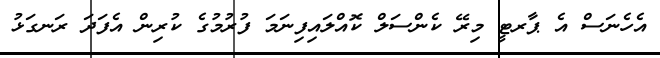
އެހެނަސް އެ ޕާރޓީ މިރޭ ކެންސަލް ކޮއްލައިފިނަމަ ފުރުމުގެ ކުރިން އެފަދަ ރަނގަޅު